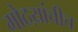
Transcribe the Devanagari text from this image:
मोठय़ांचीच